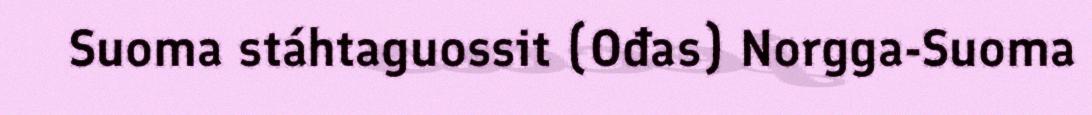
Suoma stáhtaguossit (Ođas) Norgga-Suoma